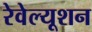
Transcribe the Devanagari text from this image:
रेवेल्यूशन